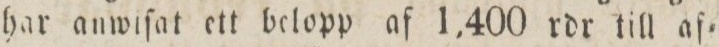
har anwiſat ett belopp af 1,400 rdr till af=